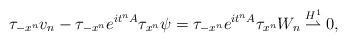
LaTeX: \begin{align*}\tau_{-x^n} v_n- \tau_{-x^n}e^{it^n A} \tau_{x^n}\psi=\tau_{-x^n}e^{it^n A} \tau_{x^n} W_n \overset{H^1} \rightharpoonup 0,\end{align*}